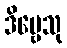
ဒိဗ္ဗေသု